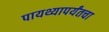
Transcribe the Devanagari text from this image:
पायथ्यापर्यंतचा